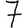
Digit: 7